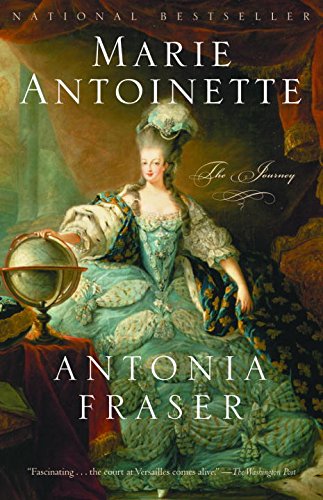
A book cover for Marie Antoinette: The Journey; Antonia Fraser; History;